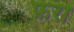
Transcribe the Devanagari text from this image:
फ़रा